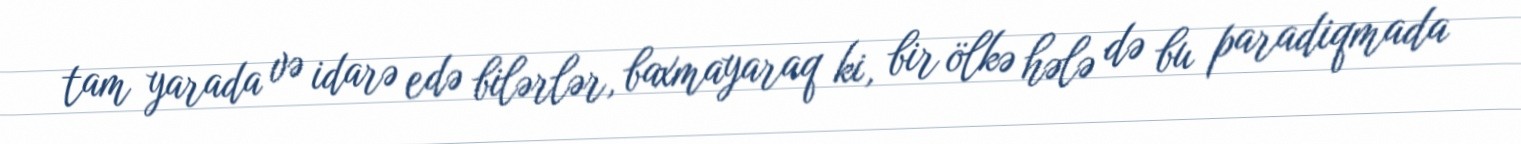
tam yarada və idarə edə bilərlər, baxmayaraq ki, bir ölkə hələ də bu paradiqmada